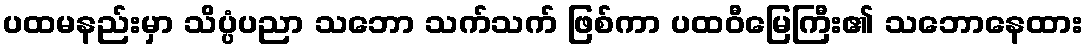
ပထမနည်းမှာ သိပ္ပံပညာ သဘော သက်သက် ဖြစ်ကာ ပထဝီမြေကြီး၏ သဘောနေထား